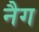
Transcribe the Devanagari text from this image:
नैग